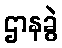
ဌာနခွဲ